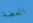
العضة